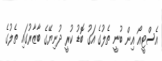
އެސްޓީއޯ އިން ބުނީ ތެލުގެ އަގު ބޮޑު ކުރީ ދުނިޔޭގެ ބާޒާރުގައި ތެލުގެ